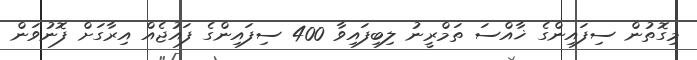
މިގޮތުން ސިފައިންގެ ޚާއްސަ ތަމްރީނު ލިބިފައިވާ 400 ސިފައިންގެ ފައުޖެއް އިރާގަށް ފޮނުވަން